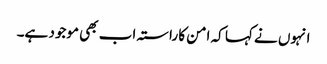
انہوں نے کہا کہ امن کا راستہ اب بھی موجود ہے۔